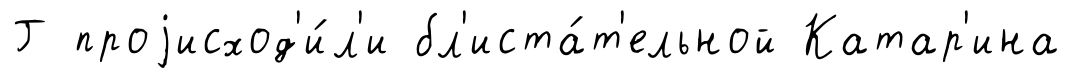
Г проjисход'и́л'и бл'иста́т'ельной Катар'ина